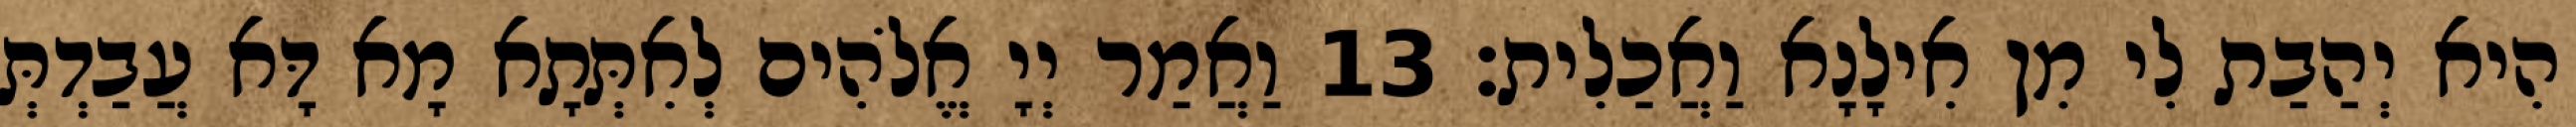
הִיא יְהַבַת לִי מִן אִילָנָא וַאֲכַלִית׃ 13 וַאֲמַר יְיָ אֱלֹהִים לְאִתְּתָא מָא דָּא עֲבַדְתְּ